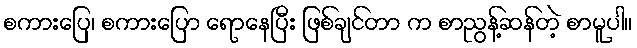
စကားပြေ၊ စကားပြော ရောနေပြီး ဖြစ်ချင်တာ က စာညွန့်ဆန်တဲ့ စာမူပါ။